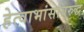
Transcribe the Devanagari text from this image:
हेत्वाभांसविरुद्ध